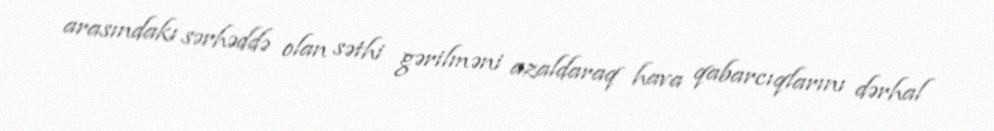
arasındakı sərhəddə olan səthi gərilməni azaldaraq hava qabarcıqlarını dərhal